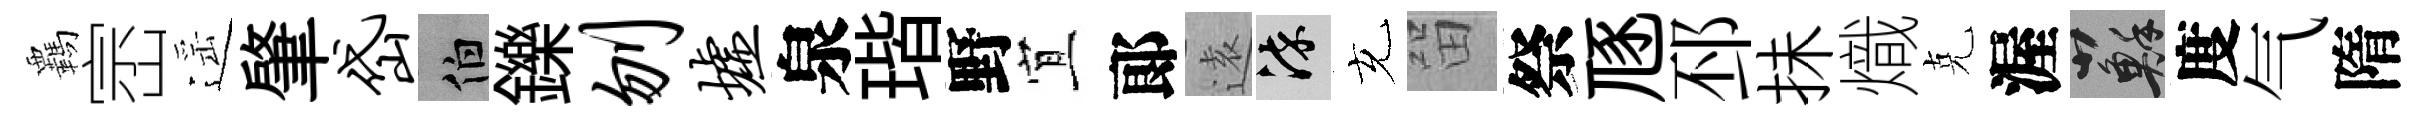
覊崈遥肇岱伯鑠刎墟泉瑎野宜郞逺染充㽞祭豗邳抺熾克渥蘇度气隋